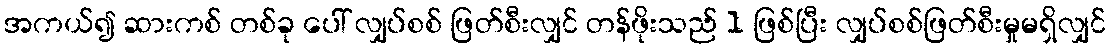
အကယ်၍ ဆားကစ် တစ်ခု ပေါ် လျှပ်စစ် ဖြတ်စီးလျှင် တန်ဖိုးသည် 1 ဖြစ်ပြီး လျှပ်စစ်ဖြတ်စီးမှုမရှိလျှင်